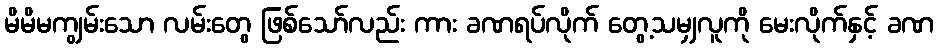
မိမိမကျွမ်းသော လမ်းတွေ ဖြစ်သော်လည်း ကား ခဏရပ်လိုက် တွေ့သမျှလူကို မေးလိုက်နှင့် ခဏ